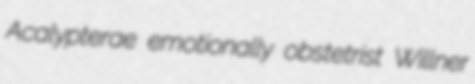
Acalypterae emotionally obstetrist Willner